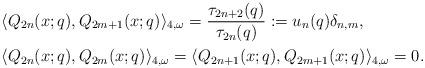
LaTeX: \begin{align*}& \langle Q_{2n}(x;q),Q_{2m+1}(x;q)\rangle_{4,\omega}=\frac{\tau_{2n+2}(q)}{\tau_{2n}(q)}:=u_n(q)\delta_{n,m},\\& \langle Q_{2n}(x;q),Q_{2m}(x;q)\rangle_{4,\omega}=\langle Q_{2n+1}(x;q),Q_{2m+1}(x;q)\rangle_{4,\omega}=0.\end{align*}